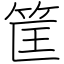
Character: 筐